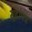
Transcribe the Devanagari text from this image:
मुद्रापत्र